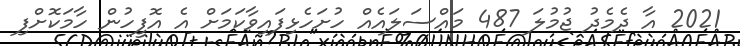
2021 އާ ދެމެދު ޖުމުލަ 487 މައްސަލައެއް ހުށަހެޅިފައިވާކަމަށް އެ އޮފީހުން ހާމަކޮށްފި